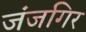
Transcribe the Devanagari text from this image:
जंजगिर